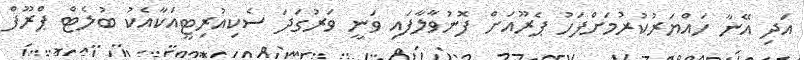
އަދި އޭނާ ހައްޔަރުކުރުމަށްފަހު ޕެރޫއަށް ފޮނުވާލާފައި ވަނީ ވަރުގަދަ ސެކިއުރިޓީއަކާއެކު ބުލެޓް ޕްރޫފް